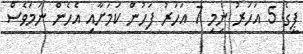
ޕީގެ 5 އަހަރު ނިމި 7 އަހަރު ފަހުން ކަމަށާއި އެހެން ނަމަވެސް